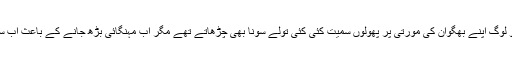
ایک وقت تھا کہ ہم ہندو لوگ اپنے بھگوان کی مورتی پر پھولوں سمیت کئی کئی تولے سونا بھی چڑھاتے تھے مگر اب مہنگائی بڑھ جانے کے باعث اب سونا چڑھانا ممکن نہیں۔